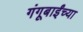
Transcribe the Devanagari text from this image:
गंगूबाईंच्या